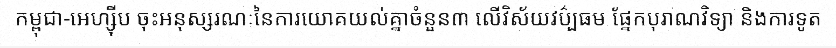
កម្ពុជា-អេហ្ស៊ីប ចុះអនុស្សរណៈនៃការយោគយល់គ្នាចំនួន៣ លើវិស័យវប៌្បធម ផ្នែកបុរាណវិទ្យា និងការទូត